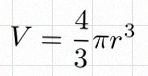
V=\frac43\pi r^3